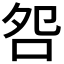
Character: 𫩨